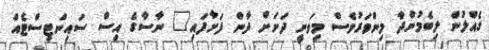
ގެއްލުން ލިބެމުންދާ މިންވަރުވެސް މިވަނީ ދަށަށް ދާން ފަށާފައި" ނާސާގެ އިސް ސައިންޓިސްޓެއް